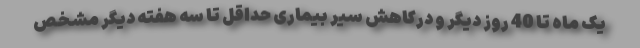
یک ماه تا 40 روز دیگر و درکاهش سیر بیماری حداقل تا سه هفته دیگر مشخص